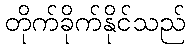
တိုက်ခိုက်နိုင်သည်